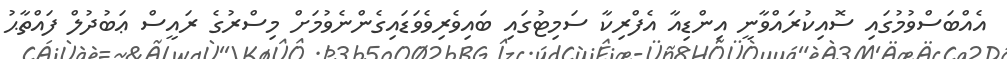
އެއްބަސްވުމުގައި ސޮއިކުރައްވާނީ އިންޑިއާ އެފްރިކާ ސަމިޓުގައި ބައިވެރިވެވަޑައިގެންނެވުމަށް މިސްރުގެ ރައީސް ޢަބުދުލް ފައްތާޙު